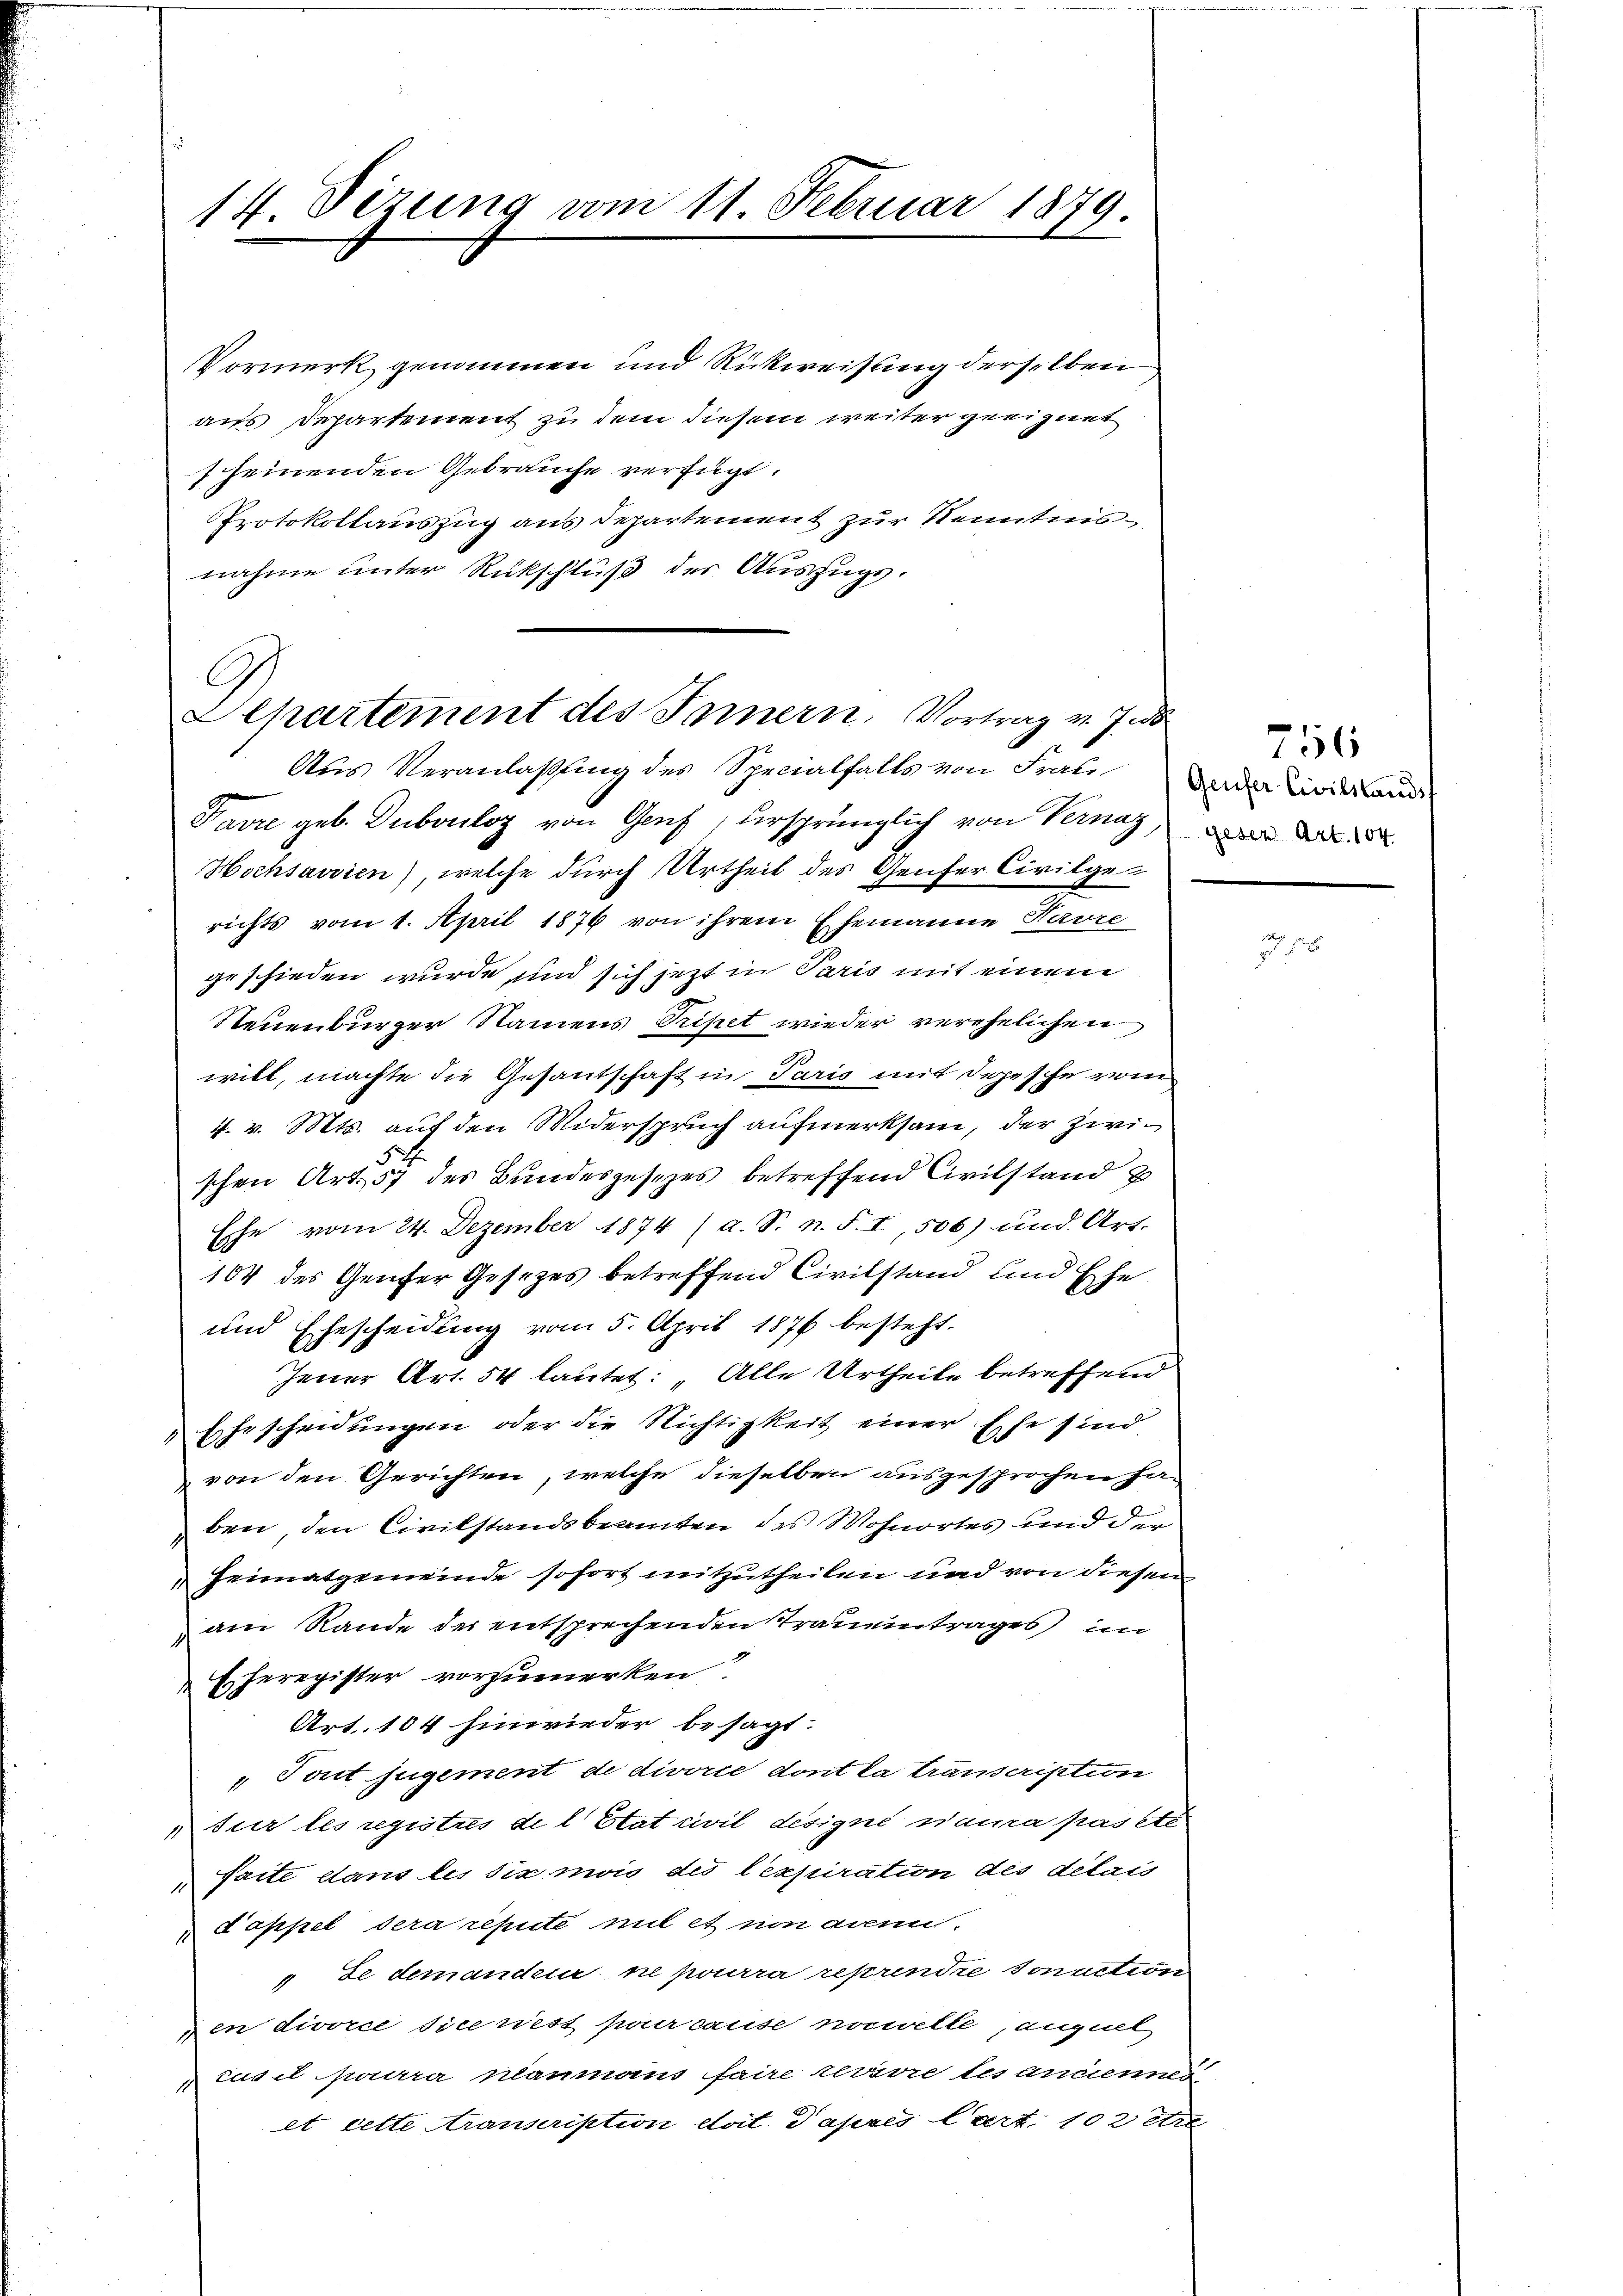
14. Sizung am 11. Februar 1879.

Vormerk genommen und Rückweisung derselben
aus Departement zu dem diesem weiter geeignet
scheinenden Gebrauche verfügt:
Protokollauszug aus Departement zur Kenntnis
nahme unter Rückschluß der Auszugs-

Departement des Sonnern. Vortrag v. J.

Aus Veranlaßung des Specialfalls von Frau Bader Civiland
Favre geb. Duboulog von Genf, ursprünglich von Vernaz, d
Hochsavien), welche durch Urtheil des Genfer Civilgerichts vom 1. April 1876 von ihrem Ehemanne Hause
geschieden wurde, und sich jezt in Paris mit einem
Steuenburger Namens Tripet wieder verehelichen
will, machte die Gesantschaft in Paris mit Depesche vom
4. v. Mts. auf den Widerspruch aufmerksam, der zwi¬
5
schen Art. 57 des Bundesgesezes betreffend Civilstand u
Esche vom 24. Dezember 1874 (a. S. n. F. I, 506) und Art.
104 des Genfer Gesezes betreffend Civilstand und Ehe
und Ehescheidung vom 5. April 1876 besteht.
Jener Art. 54 lautet: Alle Urtheile betreffend
Ehescheidungen oder die Nichtigkeit einer Ehe sind
von den Gerichten, welche dieselben ausgesprochen ha-
ben, den Civilstandsbeamten des Wohnortes und der
Heimatgemeinde sofort mitzutheilen und von diesen
am Rande der entsprechenden Traunentrages im
Eheregister vorzumerken.
Art. 104 hinwieder besagt:
„Tout jugement de divorce dont la transcription
sur les registres de l. Etat civil designé naura passte
sacte dans les six mois des lexpiration des délais
1
Cappel dera repute mit et non an.
" Le demandeur ne pourra reprendre sonaction
den divorce sice rest pour cause norwelte, anguel
cus il pourra néanmoins faire corre les anciennes
et cette transcription doit Papres art. 102 re

¬

756